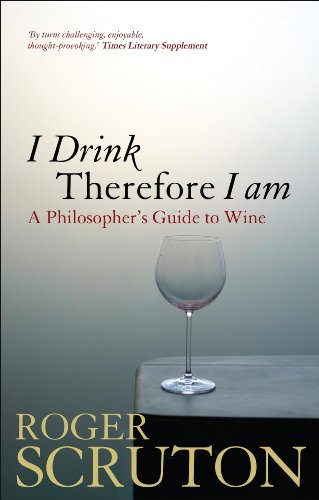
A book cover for I Drink Therefore I Am: A Philosopher's Guide to Wine; Roger Scruton; Humor & Entertainment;